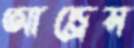
আন্ড্রেস